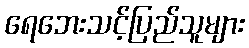
ရေဘေးသင့်ပြည်သူများ